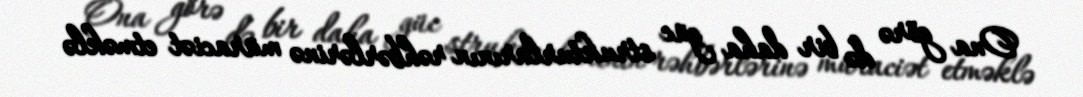
Ona görə də bir daha güc strukturlarının rəhbərlərinə müraciət etməklə